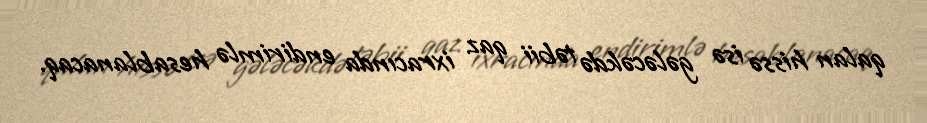
qalan hissə isə gələcəkdə təbii qaz ixracında endirimlə hesablanacaq.